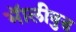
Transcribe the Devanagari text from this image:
भॅालीवुड